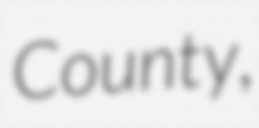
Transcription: County,